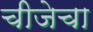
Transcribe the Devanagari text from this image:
चीजेचा